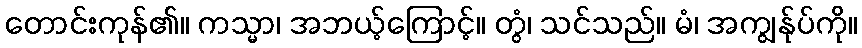
တောင်းကုန်၏။ ကသ္မာ၊ အဘယ့်ကြောင့်။ တွံ၊ သင်သည်။ မံ၊ အကျွန်ုပ်ကို။